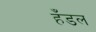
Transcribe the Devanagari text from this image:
हँडल